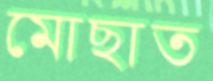
মোছাত